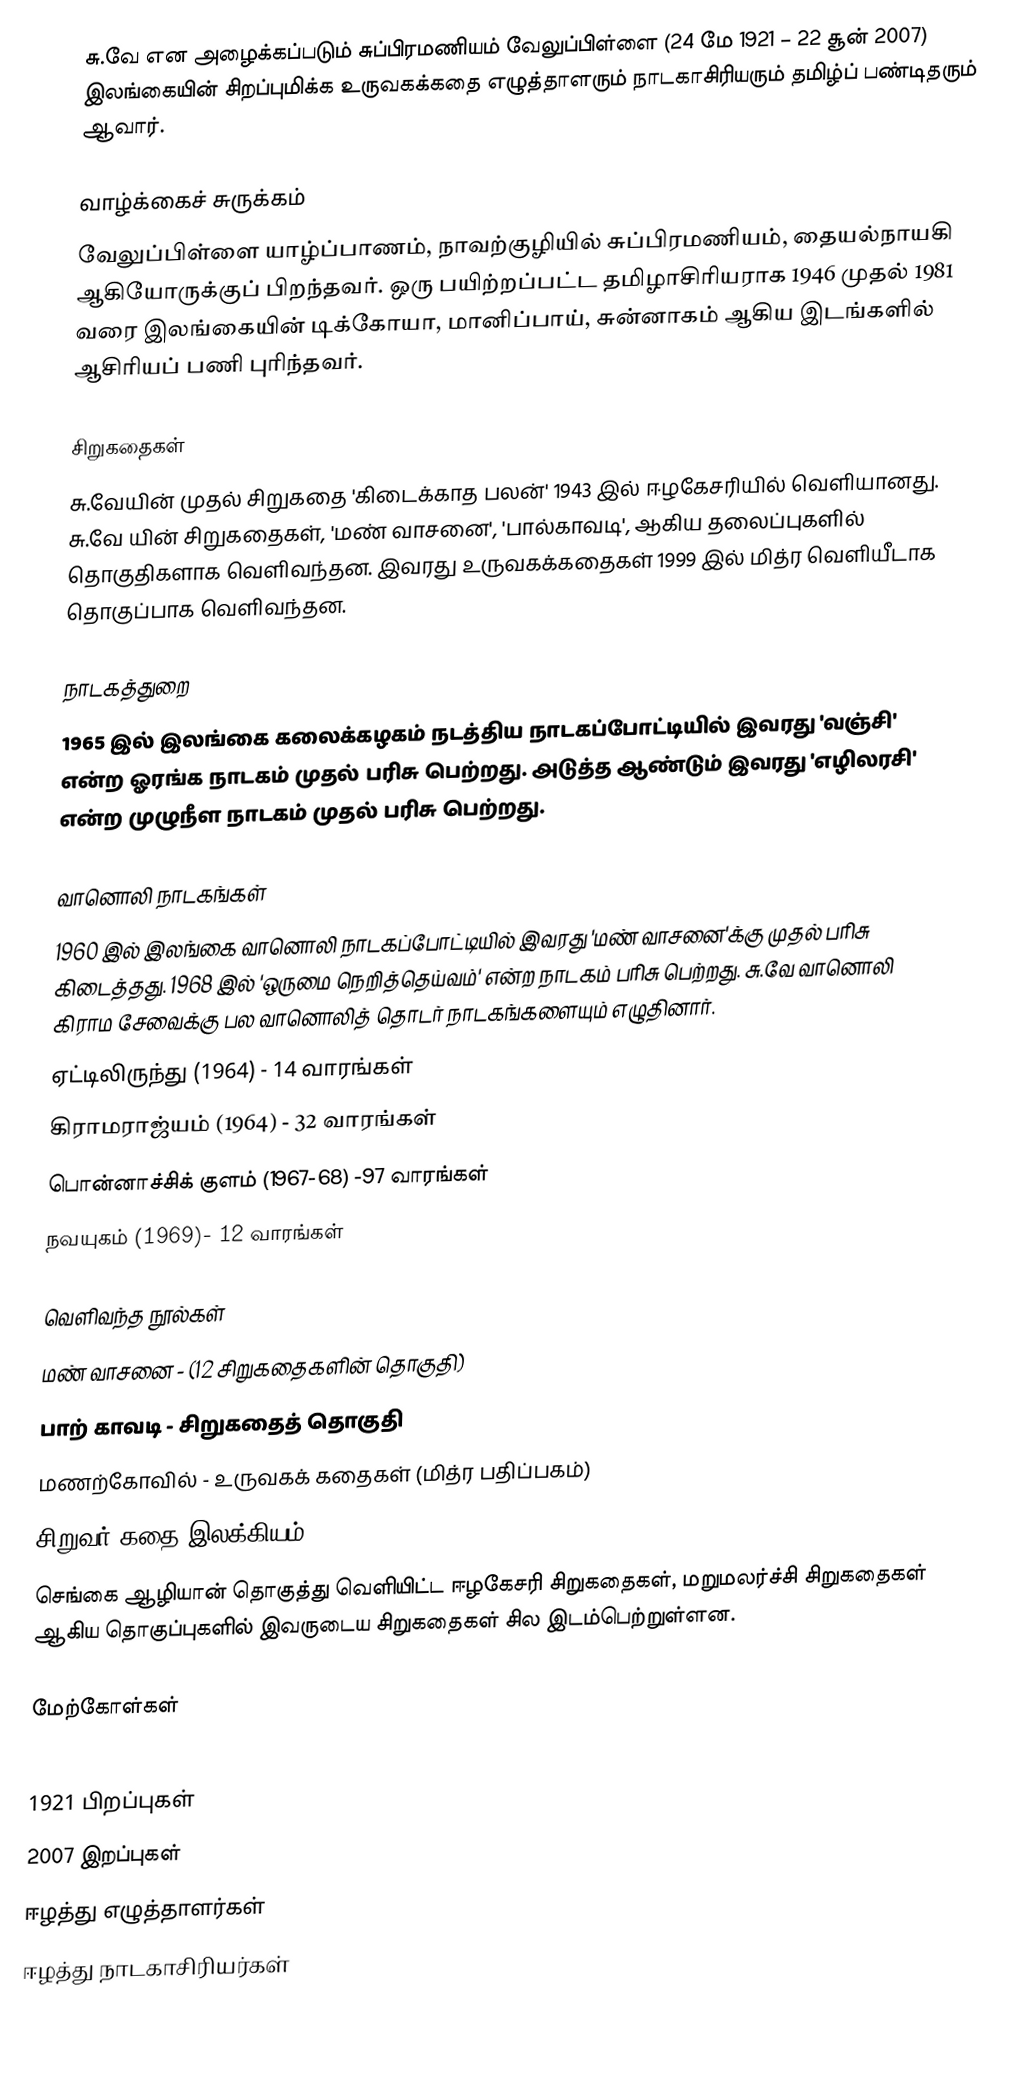
சு.வே என அழைக்கப்படும் சுப்பிரமணியம் வேலுப்பிள்ளை (24 மே 1921 – 22 சூன் 2007) இலங்கையின் சிறப்புமிக்க உருவகக்கதை எழுத்தாளரும் நாடகாசிரியரும் தமிழ்ப் பண்டிதரும் ஆவார்.

வாழ்க்கைச் சுருக்கம்
வேலுப்பிள்ளை யாழ்ப்பாணம், நாவற்குழியில் சுப்பிரமணியம், தையல்நாயகி ஆகியோருக்குப் பிறந்தவர். ஒரு பயிற்றப்பட்ட தமிழாசிரியராக 1946 முதல் 1981 வரை இலங்கையின் டிக்கோயா, மானிப்பாய், சுன்னாகம் ஆகிய இடங்களில் ஆசிரியப் பணி புரிந்தவர்.

சிறுகதைகள்
சு.வேயின் முதல் சிறுகதை 'கிடைக்காத பலன்' 1943 இல் ஈழகேசரியில் வெளியானது. சு.வே யின் சிறுகதைகள், 'மண் வாசனை', 'பால்காவடி', ஆகிய தலைப்புகளில் தொகுதிகளாக வெளிவந்தன. இவரது உருவகக்கதைகள் 1999 இல் மித்ர வெளியீடாக தொகுப்பாக வெளிவந்தன.

நாடகத்துறை
1965 இல் இலங்கை கலைக்கழகம் நடத்திய நாடகப்போட்டியில் இவரது 'வஞ்சி' என்ற ஓரங்க நாடகம் முதல் பரிசு பெற்றது. அடுத்த ஆண்டும் இவரது 'எழிலரசி' என்ற முழுநீள நாடகம் முதல் பரிசு பெற்றது.

வானொலி நாடகங்கள்
1960 இல் இலங்கை வானொலி நாடகப்போட்டியில் இவரது 'மண் வாசனை'க்கு முதல் பரிசு கிடைத்தது. 1968 இல் 'ஒருமை நெறித்தெய்வம்' என்ற நாடகம் பரிசு பெற்றது. சு.வே வானொலி கிராம சேவைக்கு பல வானொலித் தொடர் நாடகங்களையும் எழுதினார்.
 ஏட்டிலிருந்து (1964) - 14 வாரங்கள்
 கிராமராஜ்யம் (1964) - 32 வாரங்கள்
 பொன்னாச்சிக் குளம் (1967-68) -97 வாரங்கள்
 நவயுகம் (1969)- 12 வாரங்கள்

வெளிவந்த நூல்கள்
 மண் வாசனை - (12 சிறுகதைகளின் தொகுதி)
 பாற் காவடி - சிறுகதைத் தொகுதி
 மணற்கோவில் - உருவகக் கதைகள் (மித்ர பதிப்பகம்)
 சிறுவர் கதை இலக்கியம்
செங்கை ஆழியான் தொகுத்து வெளியிட்ட ஈழகேசரி சிறுகதைகள், மறுமலர்ச்சி சிறுகதைகள் ஆகிய தொகுப்புகளில் இவருடைய சிறுகதைகள் சில இடம்பெற்றுள்ளன.

மேற்கோள்கள்

1921 பிறப்புகள்
2007 இறப்புகள்
ஈழத்து எழுத்தாளர்கள்
ஈழத்து நாடகாசிரியர்கள்